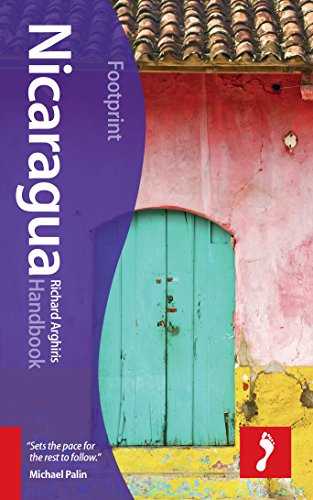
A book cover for Nicaragua Handbook (Footprint - Handbooks); Richard Arghiris; Travel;